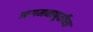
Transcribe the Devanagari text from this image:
आगमनापूर्वीच्या